Annual report of the Punjab Veterinary College and of the Civil Veterinary Department, Punjab - 1926-1932
Year: 1926
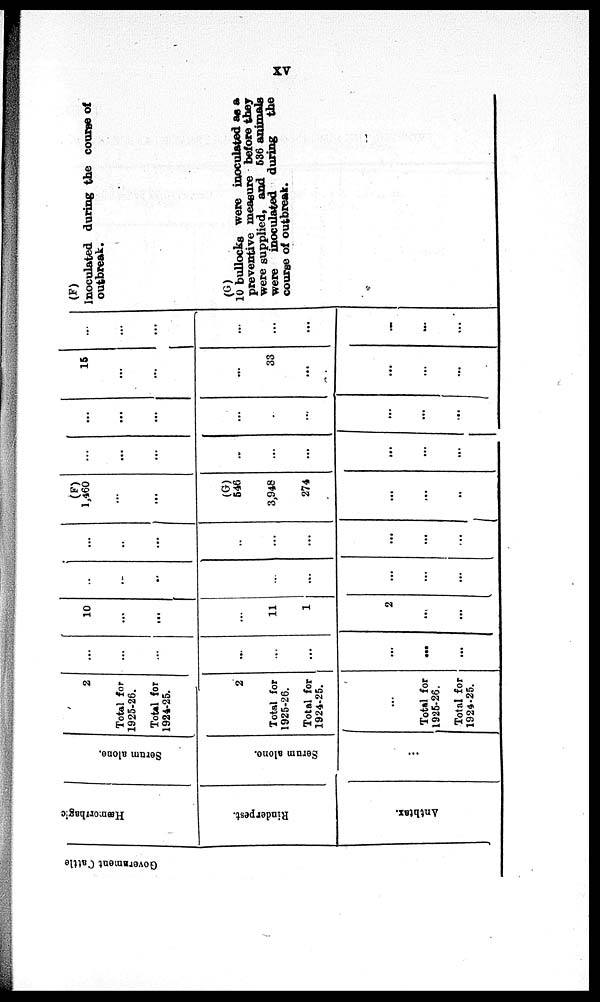
xv
Government Cattle
Hæmorrhagic
Rinderpest.
Anthtax.
Serum alone.
Serum alone.
...
2
Total for
1925-26.
Total for
1924-25.
2
Total for
1925-26.
Total for
1924-25.
...
Total for
1925-26.
Total for
1924.25.
...
...
...
...
...
...
...
...
...
10
...
...
...
11
1
2
...
...
...
...
...
...
...
...
...
...
...
...
...
...
...
...
...
...
...
...
(F)
1,460
...
...
(G)
546
3,948
274
...
...
..
...
...
...
...
...
...
...
...
...
...
...
...
...
...
...
...
...
...
15
...
...
...
33
...
...
...
...
...
...
...
...
...
...
...
...
...
(F)
Inoculated during the coarse of
outbreak.
(G)
10 bullocks were inoculated as a
preventive measure before they
were supplied, and 536 animals
were inoculated during
the
course of outbreak.